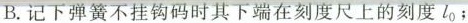
B.记下弹簧不挂钩码时其下端在刻度尺上的刻度l_{0}；